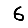
Digit: 6